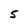
Character: 5